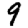
Digit: 9